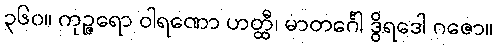
၃၆၀။ ကုဉ္ဇရော ဝါရဏော ဟတ္ထီ၊ မာတင်္ဂေါ ဒွိရဒေါ ဂဇော။